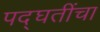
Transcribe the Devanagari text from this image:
पद्घतींचा